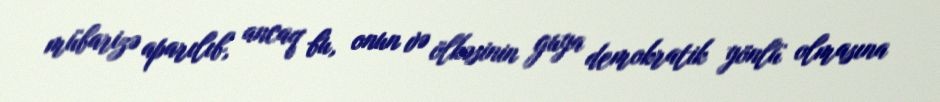
mübarizə aparılıb, ancaq bu, onun və ölkəsinin guya demokratik yönlü olmasına